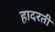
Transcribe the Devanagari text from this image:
हादरती